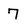
Character: 7